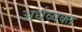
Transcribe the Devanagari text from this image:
अर्धव्यक्त